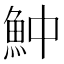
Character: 𩵵